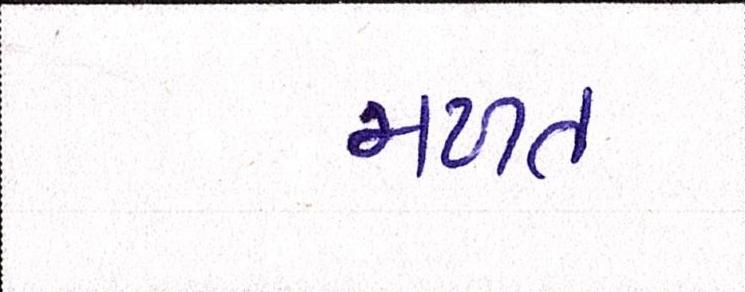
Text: મળત